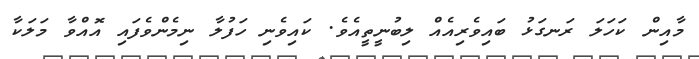
މާއިން ކަހަލަ ރަނގަޅު ބައިވެރިއެއް ލިބުނީތީއެވެ. ކައިވެނި ހަފުލާ ނިމެންވެފައި އޮއްވާ މަލަކާ